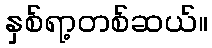
နှစ်ရာ့တစ်ဆယ်။